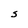
Character: S